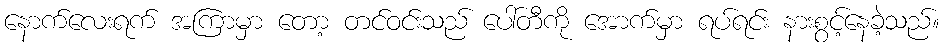
နောက်လေးရက် အကြာမှာ တော့ တင်ဝင်းသည် ပေါ်တီကို အောက်မှာ ရပ်ရင်း နားစွင့်နေခဲ့သည်။